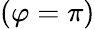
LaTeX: (\varphi=\pi)